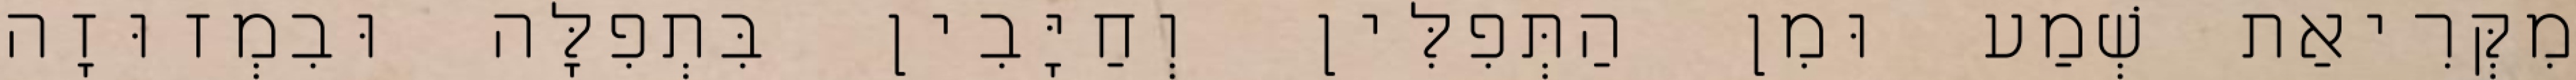
מִקְּרִיאַת שְׁמַע וּמִן הַתְּפִלִּין וְחַיָּבִין בִּתְפִלָּה וּבִמְזוּזָה